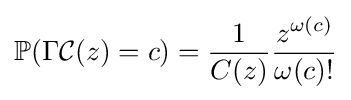
\mathbb {P} (\Gamma {\mathcal {C}}(z)=c)={\frac {1}{C(z)}}{\frac {z^{\omega (c)}}{\omega (c)!}}